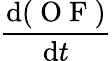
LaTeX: \frac{\mathrm{d}(\mathrm{~O~F~})}{\mathrm{d}t}